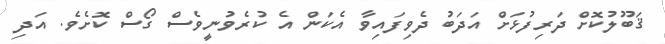
ޤަބޫލުކޮށް ދަރިފުޅަށް އަދަބު ދެވިފައިވާ އެކަން އެ ކުރެވުނީވެސް ގޯސް ކޮށެވެ. އަދި